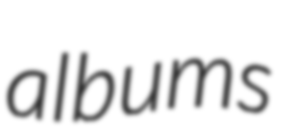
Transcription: albums